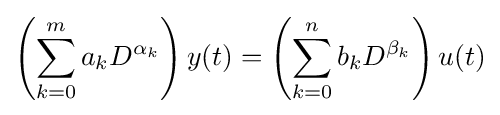
\left(\sum _{k=0}^{m}a_{k}D^{\alpha _{k}}\right)y(t)=\left(\sum _{k=0}^{n}b_{k}D^{\beta _{k}}\right)u(t)